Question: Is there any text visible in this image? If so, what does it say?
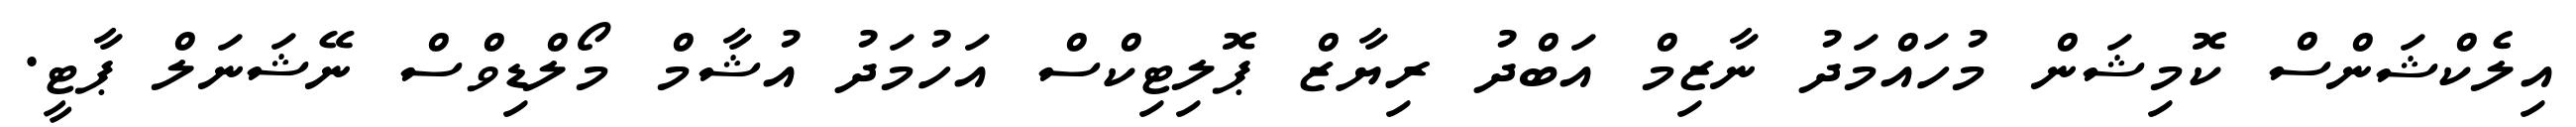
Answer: އިލެކްޝަންސް ކޮމިޝަން މުހައްމަދު ނާޒިމް އަބްދު ރިޔާޒް ޕޮލިޓިކްސް އަހުމަދު އުޝާމް މޯލްޑިވްސް ނޭޝަނަލް ޕާޓީ.